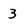
Character: 3